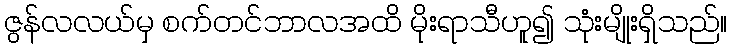
ဇွန်လလယ်မှ စက်တင်ဘာလအထိ မိုးရာသီဟူ၍ သုံးမျိုးရှိသည်။